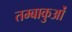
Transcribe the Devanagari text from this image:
तम्बाकुओं